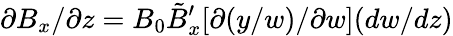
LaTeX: \partial B_{x}/\partial z=B_{0}\tilde{B}_{x}^{\prime}[\partial(y/w)/\partial w](dw/dz)